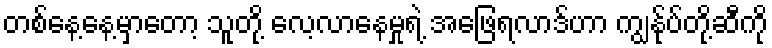
တစ်နေ့နေ့မှာတော့ သူတို့ လေ့လာနေမှုရဲ့ အဖြေရလာဒ်ဟာ ကျွန်ုပ်တို့ဆီကို